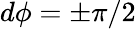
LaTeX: d\phi=\pm\pi/2